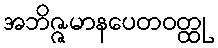
အဘိဇ္ဇမာနပေတဝတ္ထု